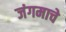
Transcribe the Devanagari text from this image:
जंगमाचे